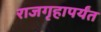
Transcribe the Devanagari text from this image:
राजगृहापर्यंत